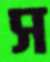
স